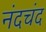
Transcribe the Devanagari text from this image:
नंदचंद